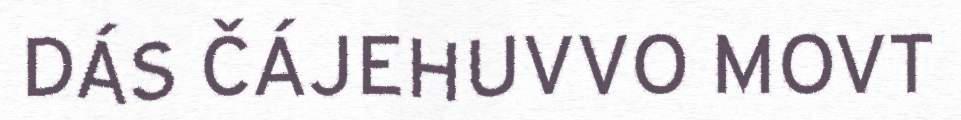
DÁS ČÁJEHUVVO MOVT